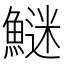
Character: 𩺍